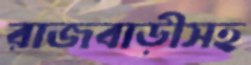
রাজবাড়ীসহ